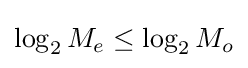
\log _{2}M_{e}\leq \log _{2}M_{o}